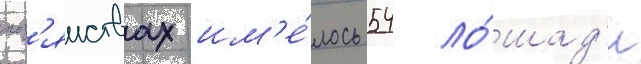
хоз'яиствах им'е́лось 54 ло́шад'и